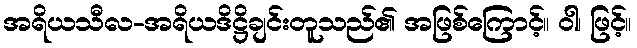
အရိယသီလ-အရိယဒိဋ္ဌိချင်းတူသည်၏ အဖြစ်ကြောင့်။ ဝါ၊ ဖြင့်။